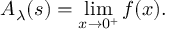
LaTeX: A _ { \lambda } ( s ) = \operatorname* { l i m } _ { x \rightarrow 0 ^ { + } } f ( x ) .